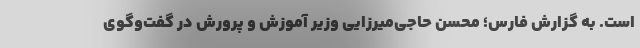
است. به گزارش فارس؛ محسن حاجی‌میرزایی وزیر آموزش و پرورش در گفت‌وگوی